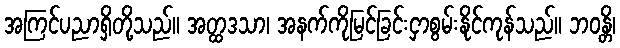
အကြင်ပညာရှိတို့သည်။ အတ္ထဒသာ၊ အနက်ကိုမြင်ခြင်းငှာစွမ်းနိုင်ကုန်သည်။ ဘဝန္တိ၊